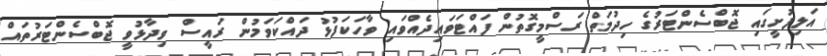
އަލިފުށީގައި ޖޮބްސެންޓަރުގެ ހިދުމަތް ރަސްމީގޮތުން ފައްޓަވައިދެއްވައި ވާހަކަފުޅު ދައްކަވަމުން ރައީސް ވިދާޅުވީ ޖޮބްސެންޓަރުތައް